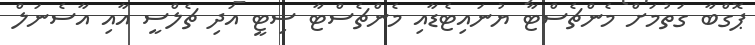
ޕޮގްބާ ގަތުމަށް މެންޗެސްޓާ ޔުނައިޓެޑާއި މެންޗެސްޓާ ސިޓީ އަދި ޗެލްސީ އާއި އާސެނަލް